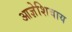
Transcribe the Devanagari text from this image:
आज्ञेशिवाय